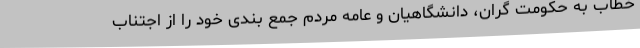
خطاب به حکومت گران، دانشگاهیان و عامه مردم جمع بندی خود را از اجتناب